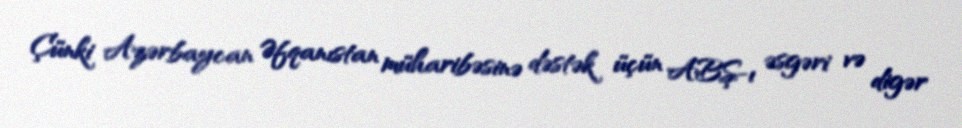
Çünki Azərbaycan Əfqanıstan müharibəsinə dəstək üçün ABŞ-ı əsgəri və digər